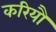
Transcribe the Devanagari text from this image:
करियौ